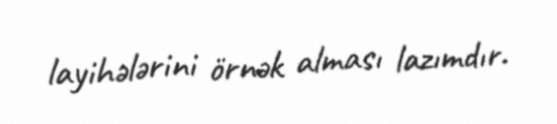
layihələrini örnək alması lazımdır.